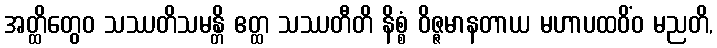
အတ္ထိတွေဝ သဿတိသမန္တိ ဧတ္ထ သဿတီတိ နိစ္စံ ဝိဇ္ဇမာနတာယ မဟာပထဝိံဝ မညတိ,